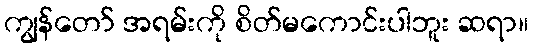
ကျွန်တော် အရမ်းကို စိတ်မကောင်းပါဘူး ဆရာ။